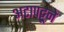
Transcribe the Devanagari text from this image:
अटापट्टूने